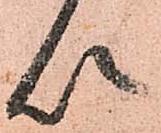
以